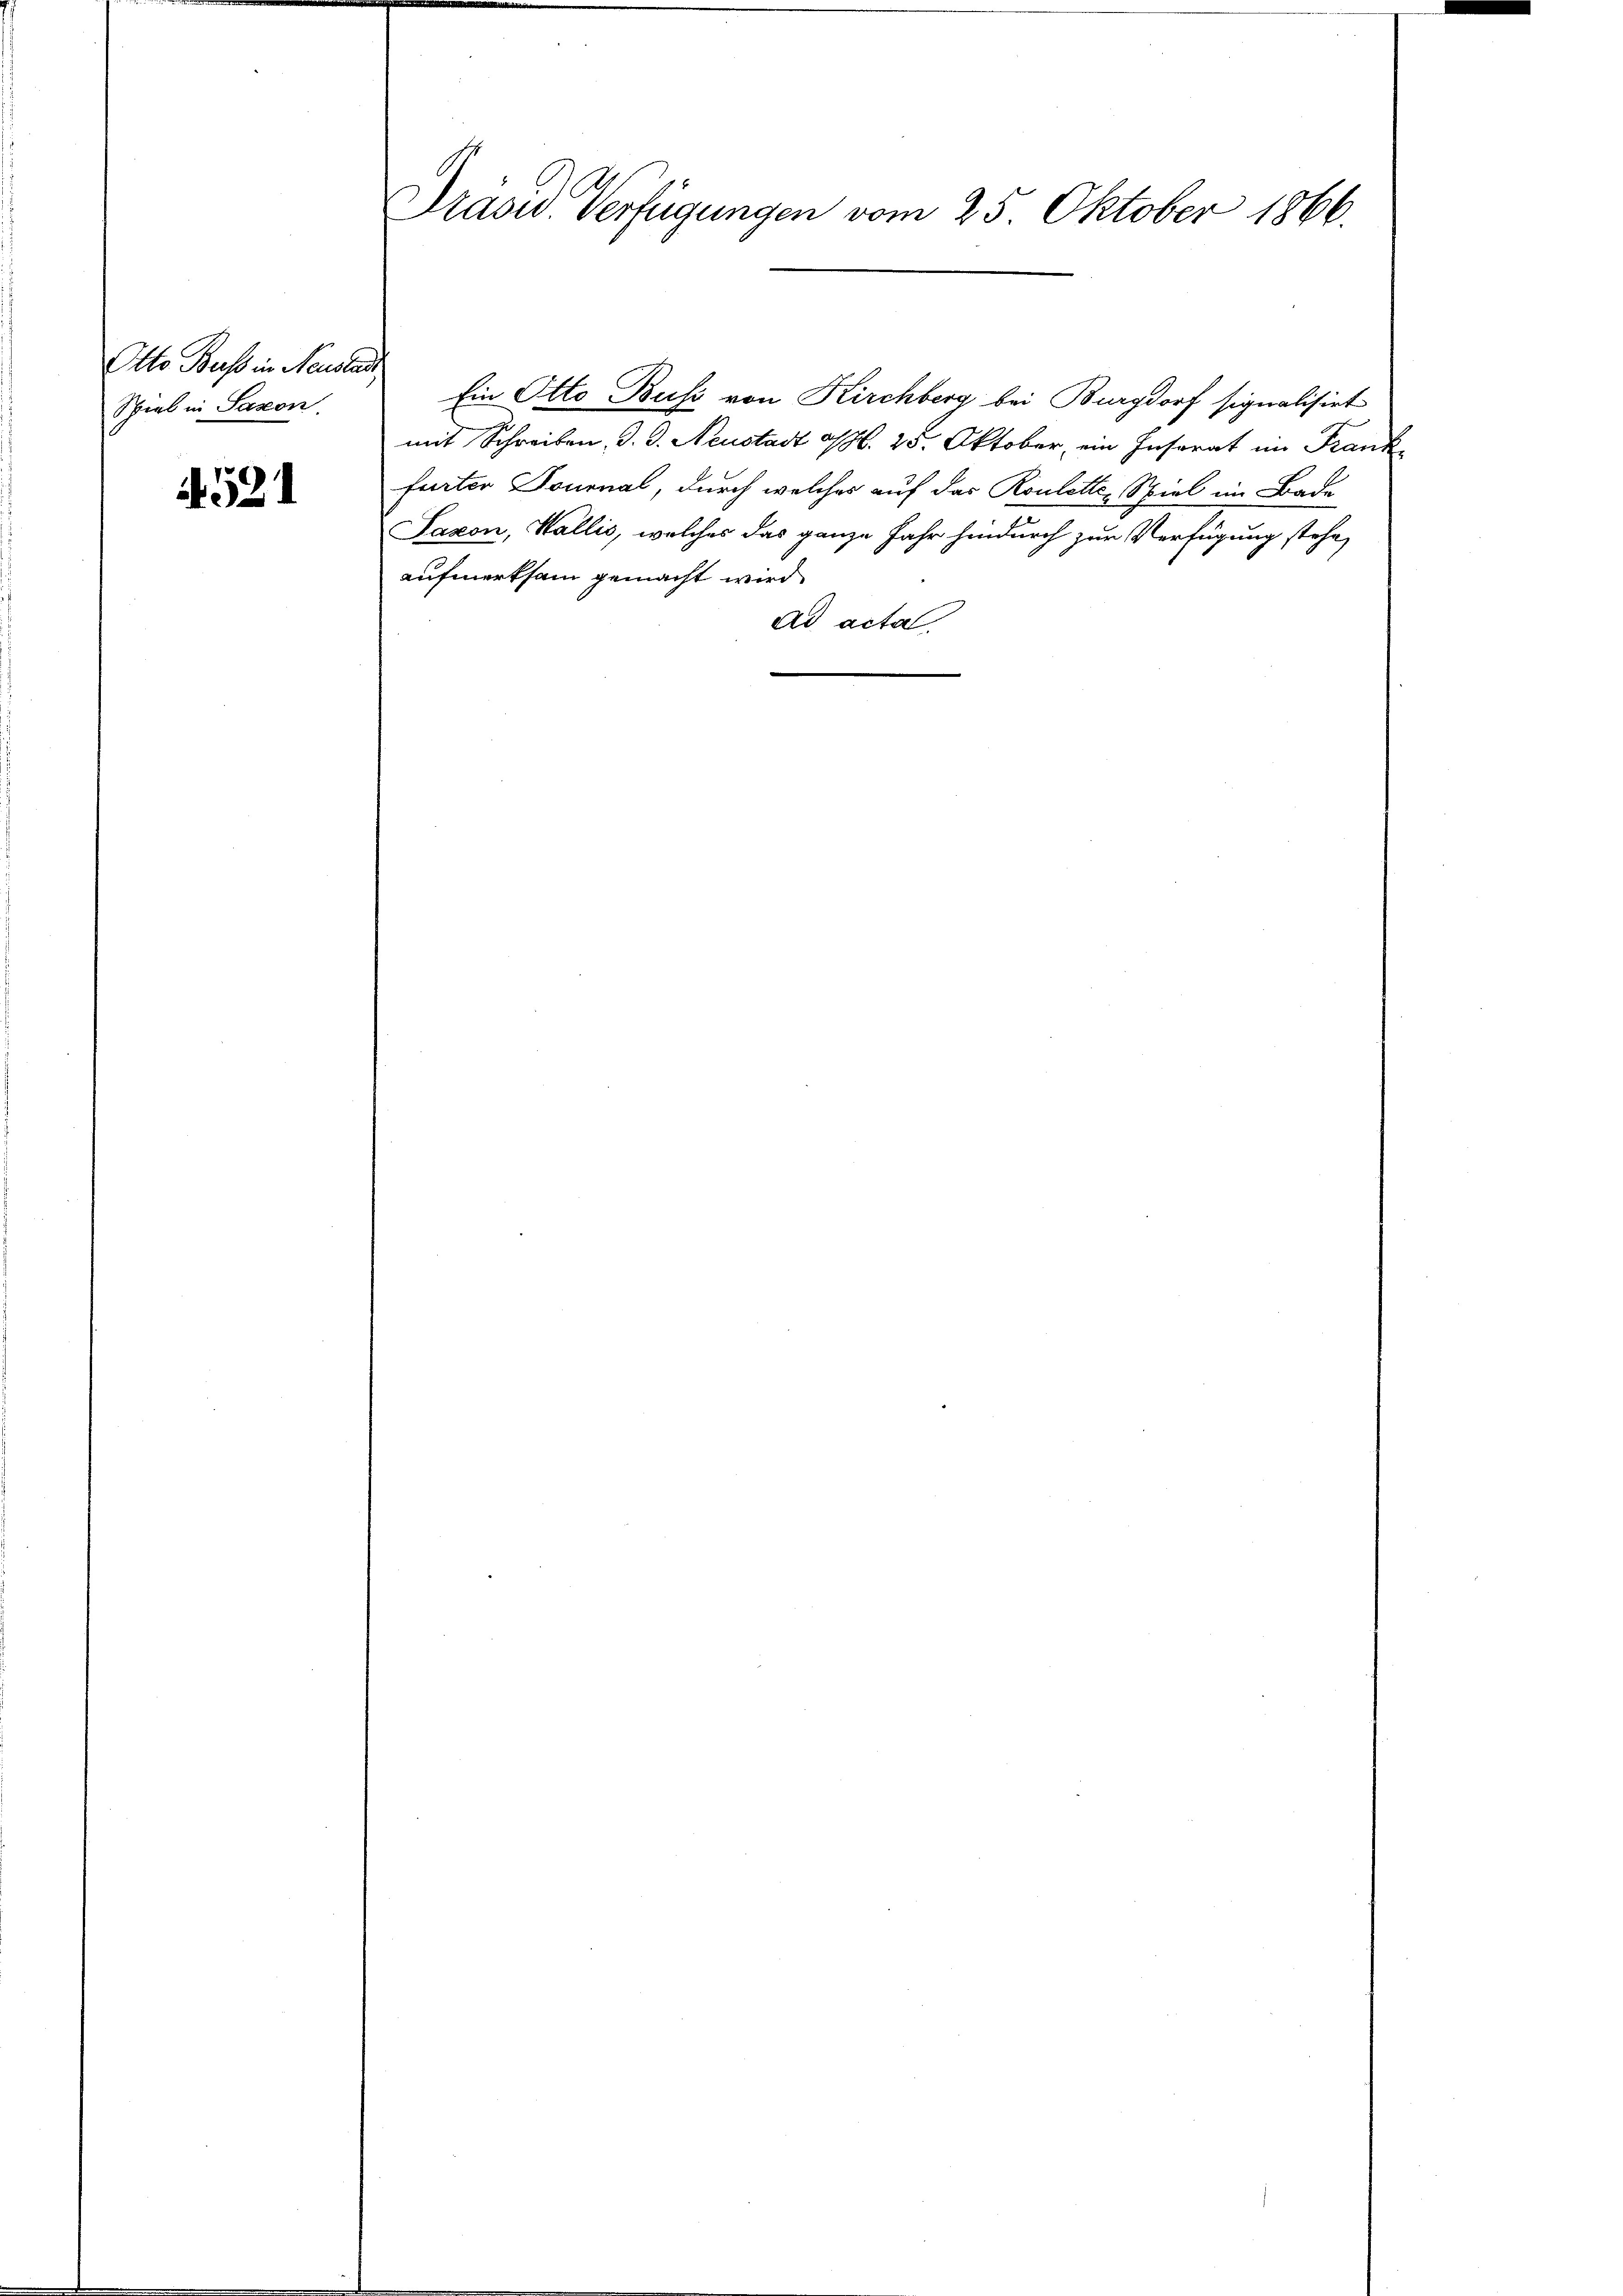
Otto Bass in Neustadt
Sperl in Saxon.

.521

Präsid Verfügungen vom 25. Oktober 1866.

Ein Otto Buss von Kirchberg bei Burgdorf signalisirt
mit Schreiben J. G. Neustadt a/M. 25. Oktober, ein Insorat im Frank
furter Tournal, durch welches auf das Rouletten Spiel im Bade
Saxon, Wallis, welches das ganze Jahr hindurch zur Verfügung stehe,
aufmerksam gemacht wird
ad acta.